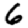
Digit: 6